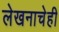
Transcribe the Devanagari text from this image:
लेखनाचेही